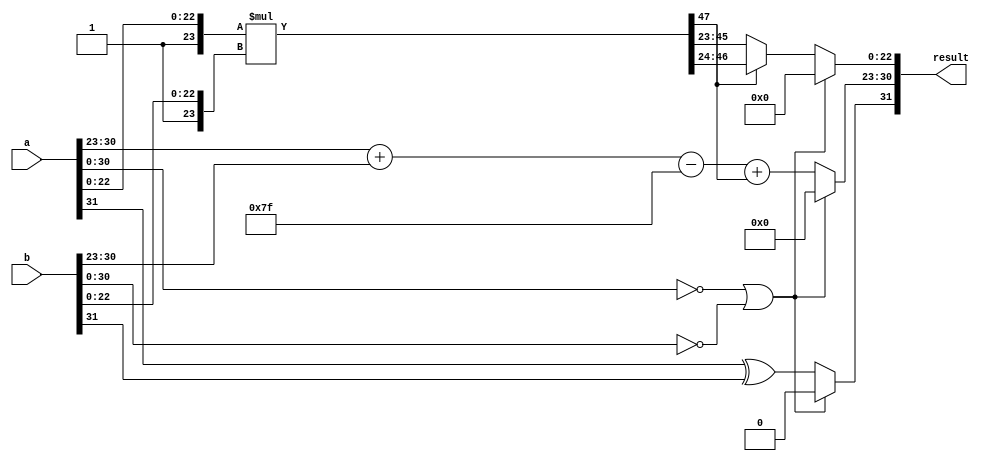
module FPMult (
    input [31:0] a,
    input [31:0] b,
    output [31:0] result
);
    
    reg [23:0] mantissaA,mantissaB;
    reg [47:0] tempResult;
    reg [22:0] finalMantissa;
    reg [7:0] expA, expB;
    reg [8:0] tempExp;
    reg tempSign;

    always @(a,b) begin
        mantissaA = {1'b1,a[22:0]};
        mantissaB = {1'b1,b[22:0]};
        expA = a[30 : 23];
        expB = b[30 : 23];
        tempResult = 1'd0;
        tempSign = a[31] ^ b[31];

        if (a[30:0] == 31'd0 || b[30:0] == 31'd0)begin
            finalMantissa = 23'd0;
            tempExp = 9'd0;
            tempSign = 1'b0;
        end
        else begin
        tempResult = mantissaA * mantissaB;

        tempExp = expA + expB - 8'b01111111 + tempResult[47];

        finalMantissa = (tempResult[47] == 1'b1)? tempResult[46: 24]: tempResult[45:23];
        end
    end
    
    assign result [31] = tempSign;
    assign result [30:23]  = tempExp[7:0];
    assign result [22:0] = finalMantissa;
endmodule